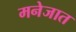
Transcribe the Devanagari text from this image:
मनेजात